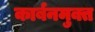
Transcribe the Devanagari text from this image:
कार्बनमुक्त